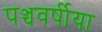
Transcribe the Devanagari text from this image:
पञ्चवर्षीया